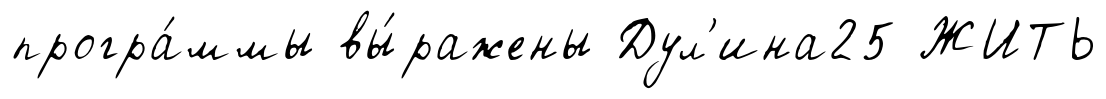
програ́ммы вы́ражены Дул'ина25 ЖИТЬ